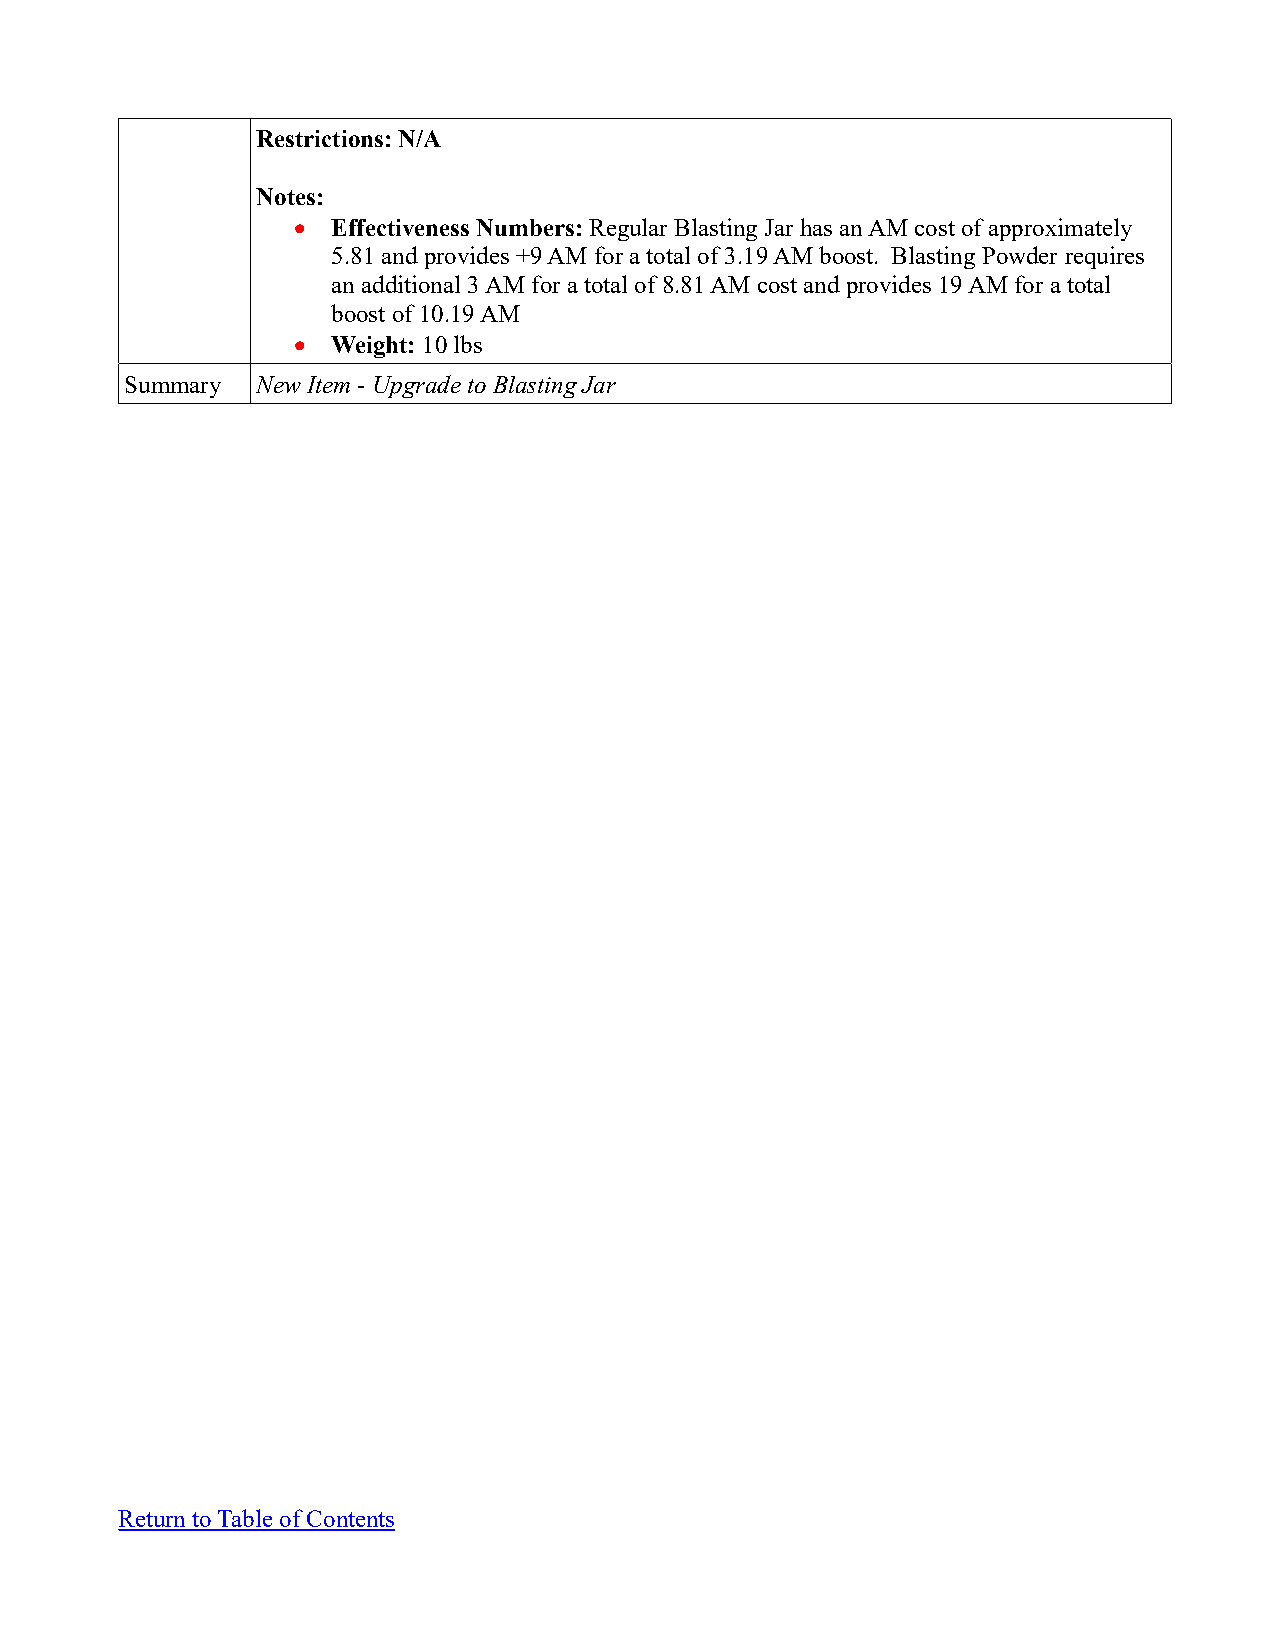
Restrictions: N/A
 Notes:
   Effectiveness Numbers: Regular Blasting Jar has an AM cost of approximately
 5.81 and provides +9 AM for a total of 3.19 AM boost. Blasting Powder requires
 an additional 3 AM for a total of 8.81 AM cost and provides 19 AM for a total
 boost of 10.19 AM
   Weight: 10 lbs
 Summary  New Item - Upgrade to Blasting Jar
 Return to Table of Contents